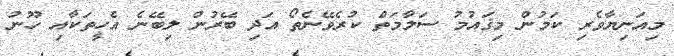
މިއަނިޔާވެރި ކަމުން މިޤައުމު ސަލާމަތް ކުރެވޭނެތޯ އަދި ބޭރުން ލިބޭނެ އެހީތަކާއި ހޫނު